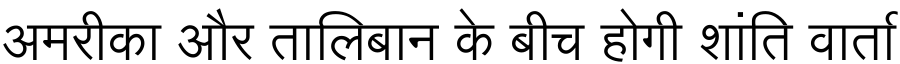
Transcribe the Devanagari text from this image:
अमरीका और तालिबान के बीच होगी शांति वार्ता